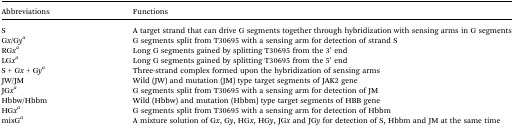
<table><thead><tr><td><b>Abbreviations</b></td><td><b>Functions</b></td></tr></thead><tbody><tr><td>S</td><td>A target strand that can drive G segments together through hybridization with sensing arms in G segments</td></tr><tr><td>G<i>x</i>/G<i>y</i><sup><i>a</i></sup></td><td>G segments split from T30695 with a sensing arm for detection of strand S</td></tr><tr><td>RG<i>x</i><sup><i>a</i></sup></td><td>Long G segments gained by splitting T30695 from the 3′ end</td></tr><tr><td>LG<i>x</i><sup><i>a</i></sup></td><td>Long G segments gained by splitting T30695 from the 5′ end</td></tr><tr><td>S + G<i>x</i> + G<i>y</i><sup><i>a</i></sup></td><td>Three-strand complex formed upon the hybridization of sensing arms</td></tr><tr><td>JW/JM</td><td>Wild (JW) and mutation (JM) type target segments of JAK2 gene</td></tr><tr><td>JG<i>x</i><sup><i>a</i></sup></td><td>G segments split from T30695 with a sensing arm for detection of JM</td></tr><tr><td>Hbbw/Hbbm</td><td>Wild (Hbbw) and mutation (Hbbm) type target segments of HBB gene</td></tr><tr><td>HG<i>x</i><sup><i>a</i></sup></td><td>G segments split from T30695 with a sensing arm for detection of Hbbm</td></tr><tr><td>mixG<sup><i>a</i></sup></td><td>A mixture solution of G<i>x</i>, G<i>y</i>, HG<i>x</i>, HG<i>y</i>, JG<i>x</i> and JG<i>y</i> for detection of S, Hbbm and JM at the same time</td></tr></tbody></table>